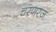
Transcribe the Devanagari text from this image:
चरणरज